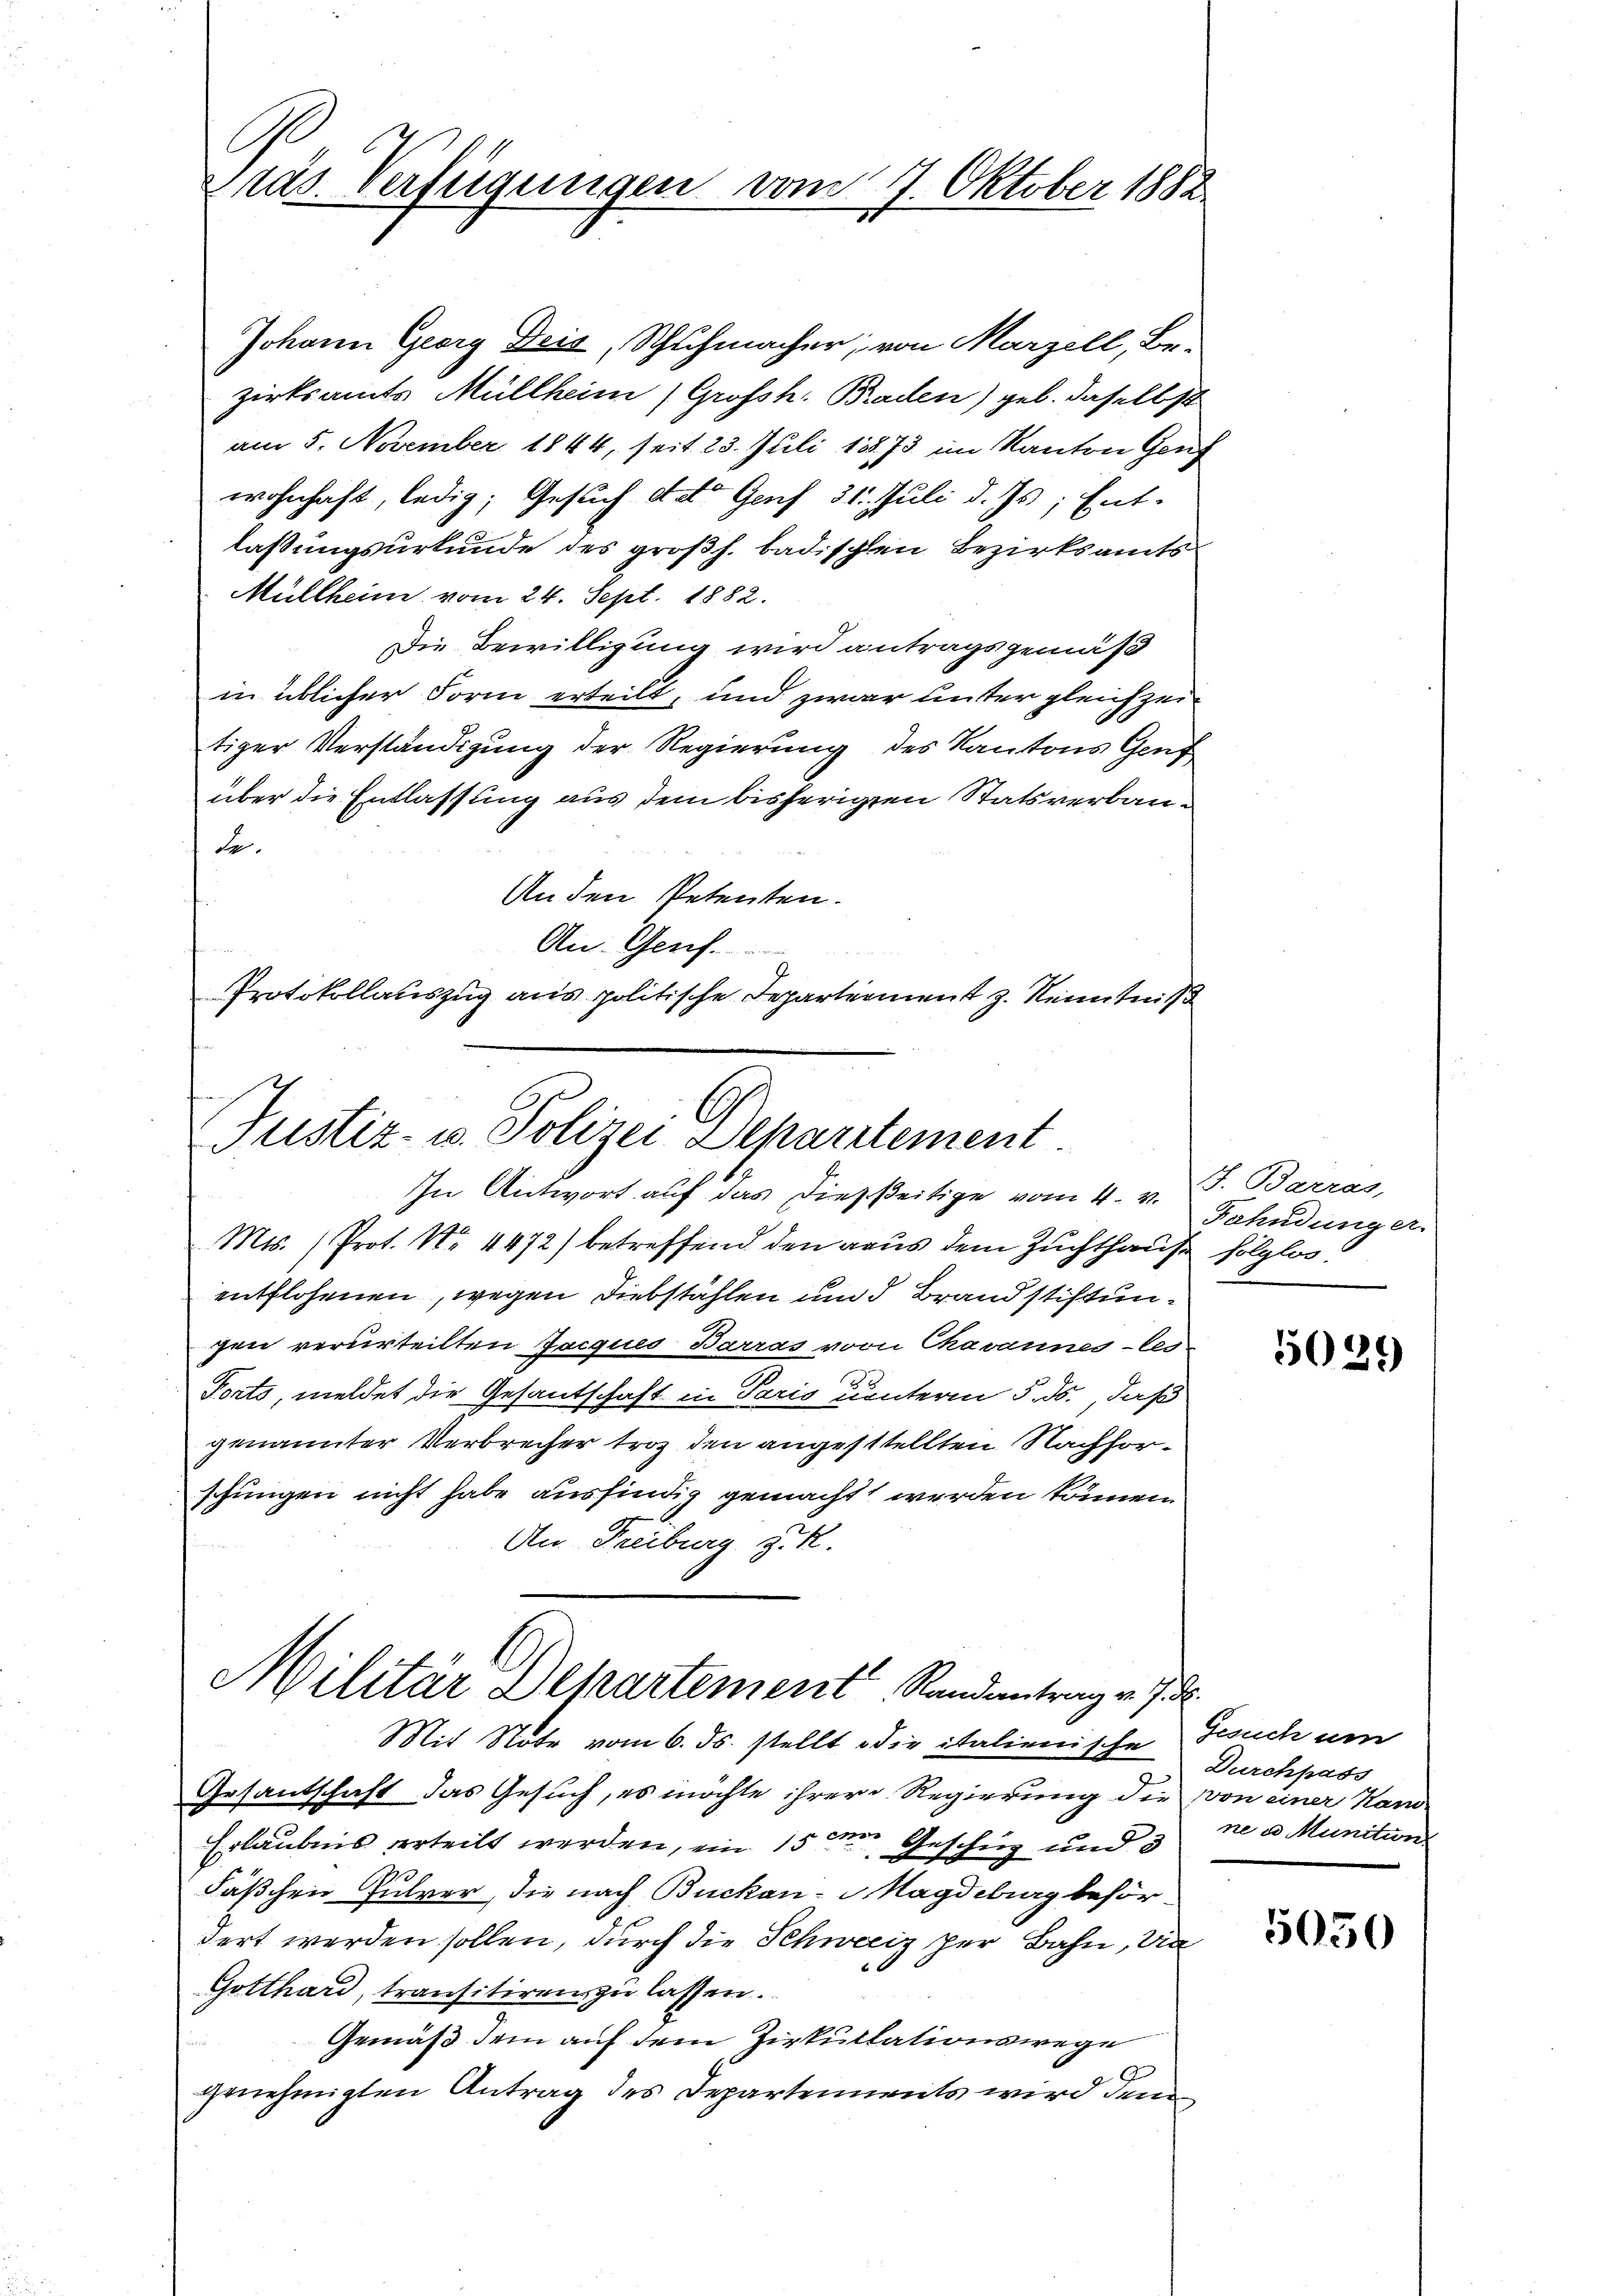
.
Präs. Verfügungen vom 7. Oktober 1882

Johann Georg Deis, Schuhmacher, von Marzell, Be-
zirksamts Müllheim (Grofsh. Braden) geb. daselbst
am 5. November 1844, seit 23. Juli 1873 im Kanton Genf
wohnhaft, ledig; Gesuch dato Genf 31. Juli d. Js. Ent-
lassungsurkunde des großh. badischen Bezirksamts
Müllheim vom 24. Sept. 1882.
Die Bewilligung wird antragsgemäß
in üblicher Form erteilt, und zwar unter gleichzeitiger Verständigung der Regierung des Kantons Genf
über die Entlassung aus dem bisherigen Statsverbaude.
An den Petenten.
An Genf.
Protokollauszug aus politische Departement z. Kenntniß

Justiz- u. Polizei Departement
In Antwort auf das dießseitige vom 4. v. J. Barras,

Mts. (Prot. Nr. 4472) betreffend den aus dem Zuchthause folglos.
entflohenen, wegen Diebstählen und Brandstiftungen verurteilten Jacques Barras von Chavannes-les-
Porto, meldet die Gesantschaft in Paris unterm 5. ds., daß
genannter Verbrecher troz den angestellten Nachforschungen nicht habe ausfindig gemacht werden können
An Freiburg z. R.

Militär Departement Randantrag v. 7.

Mit Note vom 6. ds. stellt die italienische Feich um
Gesantschaft das Gesuch, es möchte ihrere Regierung die von einer Hand
Erlaubnis erteilt werden, ein 15ten Geschuz und 3
Fäßchen Pulver, die nach Buckan-Magdeburg befördert werden sollen, durch die Schweiz per Bahn, da
Gotthard, transitiren zu lassen.
Gemäß dem auf dem Zirkullationswege
2
genehmigten Antrag des Departements wird den

Fahndung a.

5039

Durchpass
ne a Munition

5050